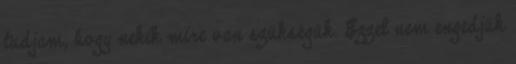
tudjam, hogy nekik mire van szükségük. Ezzel nem engedjük